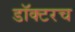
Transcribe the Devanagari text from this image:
डॉक्टरच